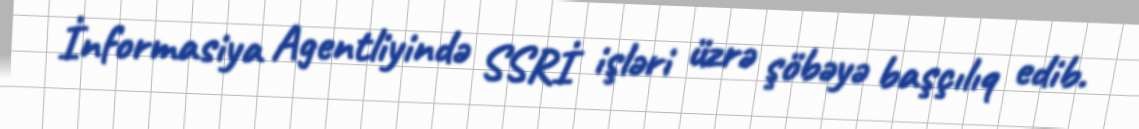
İnformasiya Agentliyində SSRİ işləri üzrə şöbəyə başçılıq edib.